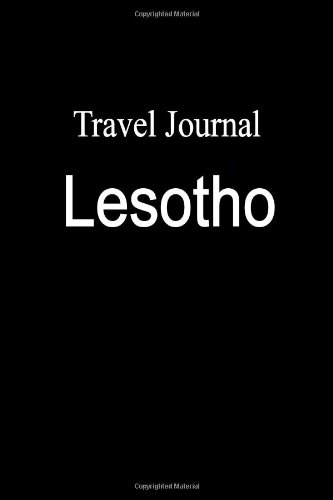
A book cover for Travel Journal Lesotho; E Locken; Travel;